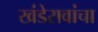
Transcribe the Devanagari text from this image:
खंडेरावांचा